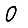
Digit: 0